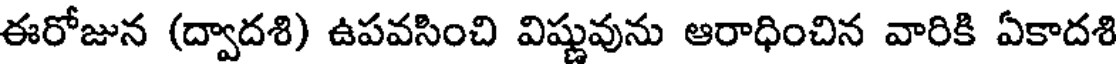
ఈరోజున (ద్వాదశి) ఉపవసించి విష్ణువును ఆరాధించిన వారికి ఏకాదశి